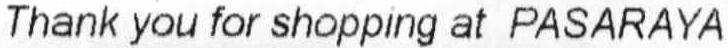
THANK YOU FOR SHOPPING AT PASARAYA